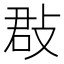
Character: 㪊